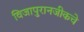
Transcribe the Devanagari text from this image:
विजापुरानजीकचे